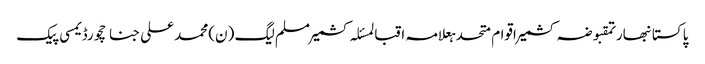
پاکستانبھارتمقبوضہ کشمیراقوام متحدہعلامہ اقبالمسئلہ کشمیرمسلم لیگ (ن)محمد علی جناحچورڈیمسی پیک